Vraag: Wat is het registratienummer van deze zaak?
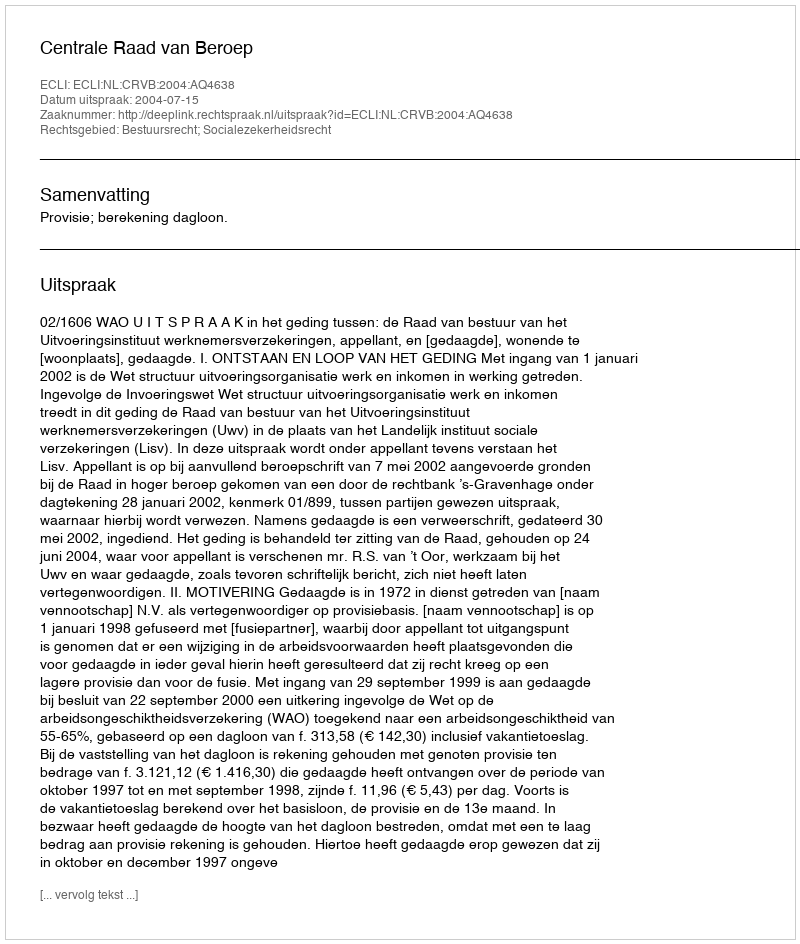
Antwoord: http://deeplink.rechtspraak.nl/uitspraak?id=ECLI:NL:CRVB:2004:AQ4638